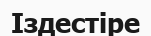
Іздестіре